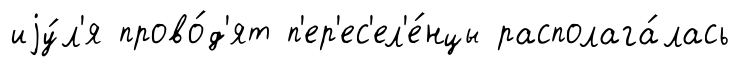
иjу́л'я прово́д'ят п'ер'ес'ел'е́нцы располага́лась